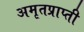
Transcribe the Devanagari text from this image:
अमृतप्राप्ती